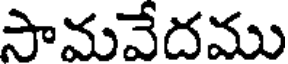
సామవేదము